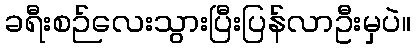
ခရီးစဉ်လေးသွားပြီးပြန်လာဦးမှပဲ။